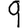
Digit: 9